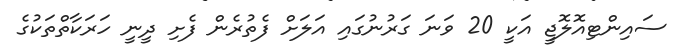
ސައިންޓިއޮލޮޖީ އަކީ 20 ވަނަ ގަރުނުގައި އަލަށް ފެތުރެން ފެށި ދީނީ ހަރަކާތްތަކުގެ